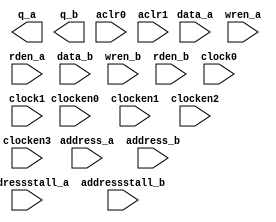
module altsyncram(data_a, address_a, wren_a, rden_a, q_a, data_b, address_b,  wren_b, rden_b,
                  q_b, clock0, clock1, clocken0, clocken1, clocken2, clocken3, aclr0, aclr1,
                  addressstall_a, addressstall_b);

   parameter clock_enable_input_b          = "ALTERNATE";
   parameter clock_enable_input_a          = "ALTERNATE";
   parameter clock_enable_output_b         = "NORMAL";
   parameter clock_enable_output_a         = "NORMAL";
   parameter wrcontrol_aclr_a              = "NONE";
   parameter indata_aclr_a                 = "NONE";
   parameter address_aclr_a                = "NONE";
   parameter outdata_aclr_a                = "NONE";
   parameter outdata_reg_a                 = "UNREGISTERED";
   parameter operation_mode                = "SINGLE_PORT";
   parameter intended_device_family        = "MAX 10 FPGA";
   parameter outdata_reg_b                 = "UNREGISTERED";
   parameter lpm_type                      = "altsyncram";
   parameter init_type                     = "unused";
   parameter ram_block_type                = "AUTO";
   parameter lpm_hint                      = "ENABLE_RUNTIME_MOD=NO";
   parameter power_up_uninitialized        = "FALSE";
   parameter read_during_write_mode_port_a = "NEW_DATA_NO_NBE_READ";
   parameter width_byteena_a               = 1;
   parameter numwords_b                    = 0;
   parameter numwords_a                    = 0;
   parameter widthad_b                     = 1;
   parameter width_b                       = 1;
   parameter widthad_a                     = 1;
   parameter width_a                       = 1;

   // Port A declarations
   output [35:0] q_a;
   input [35:0]  data_a;
   input [7:0]   address_a;
   input         wren_a;
   input         rden_a;
   // Port B declarations
   output [35:0] q_b;
   input [35:0]  data_b;
   input [7:0]   address_b;
   input         wren_b;
   input         rden_b;
   // Control signals
   input         clock0, clock1;
   input         clocken0, clocken1, clocken2, clocken3;
   input         aclr0, aclr1;
   input         addressstall_a;
   input         addressstall_b;
   // TODO: Implement the correct simulation model

endmodule